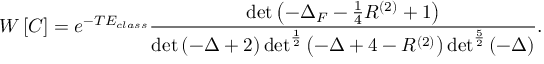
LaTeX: W \left[ C \right] = e ^ { - T E _ { c l a s s } } \frac { \operatorname * { d e t } \left( - \Delta _ { F } - \frac { 1 } { 4 } R ^ { ( 2 ) } + 1 \right) } { \operatorname * { d e t } \left( - \Delta + 2 \right) \operatorname * { d e t } ^ { \frac { 1 } { 2 } } \left( - \Delta + 4 - R ^ { ( 2 ) } \right) \operatorname * { d e t } ^ { \frac { 5 } { 2 } } \left( - \Delta \right) } .